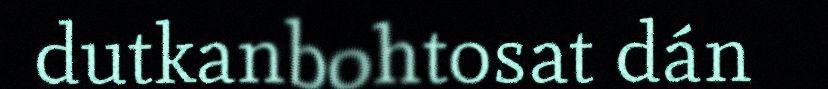
dutkanbohtosat dán